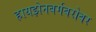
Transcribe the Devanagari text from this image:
हायझेनबर्गबरोबर